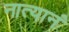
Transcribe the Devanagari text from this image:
नात्यानं